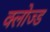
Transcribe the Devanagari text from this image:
क्‍लोज्‍ड